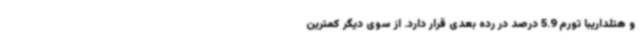
و هتلداریبا تورم 5.9 درصد در رده بعدی قرار دارد. از سوی دیگر کمترین